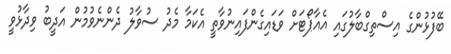
ބޭފުޅުންގެ އިސްތިގްބާލުގައި އެއާޕޯޓަށް ވަޑައިގެންފައިނުވާތީ އެކަމާ މެދު ސުވާލު ދެންނެވުމުން އަދީބު ވިދާޅުވީ